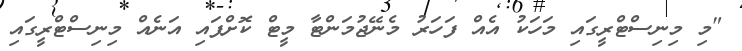
"މި މިނިސްޓްރީގައި މަހަކު އެއް ފަހަރު މެނޭޖުމަންޓާ މީޓް ކޮށްފައި އަނެއް މިނިސްޓްރީގައި